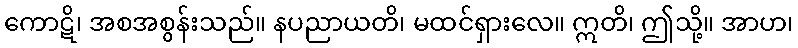
ကောဋိ၊ အစအစွန်းသည်။ နပညာယတိ၊ မထင်ရှားလေ။ ဣတိ၊ ဤသို့။ အာဟ၊